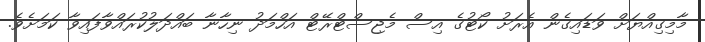
މާމިގިއްޔަށް ވަޑައިގެން އެރަށު ކޯޓުގެ އިސް މެޖިސްޓްރޭޓް އަހްމަދު ނިހާނާ ބައްދަލުކުރައްވާފައިވާ ކަމަށެވެ.